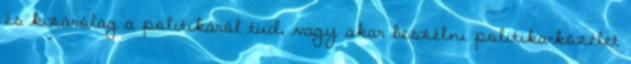
és kizárólag a politikáról tud, vagy akar beszélni politika=közélet